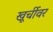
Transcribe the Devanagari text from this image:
खूर्चीवर